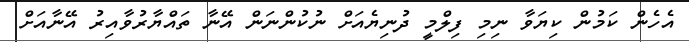
އެހެން ކަމުން ކިޔަވާ ނިމި ފިލްމީ ދުނިޔެއަށް ނުކުންނަން އޭނާ ތައްޔާރުވާއިރު އޭނާއަށް